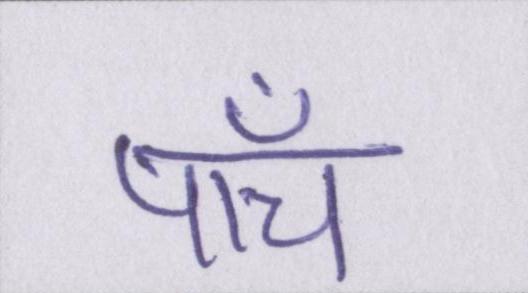
पाँच